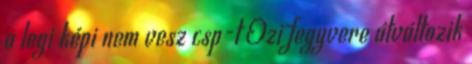
a legi képi nem vesz csp-t Ozi fegyvere átváltozik